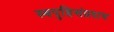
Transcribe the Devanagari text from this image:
स्वपुष्टिसंप्रदाय